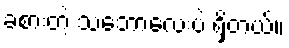
ခံစားတဲ့ သဘောလေးပဲ ရှိတယ်။